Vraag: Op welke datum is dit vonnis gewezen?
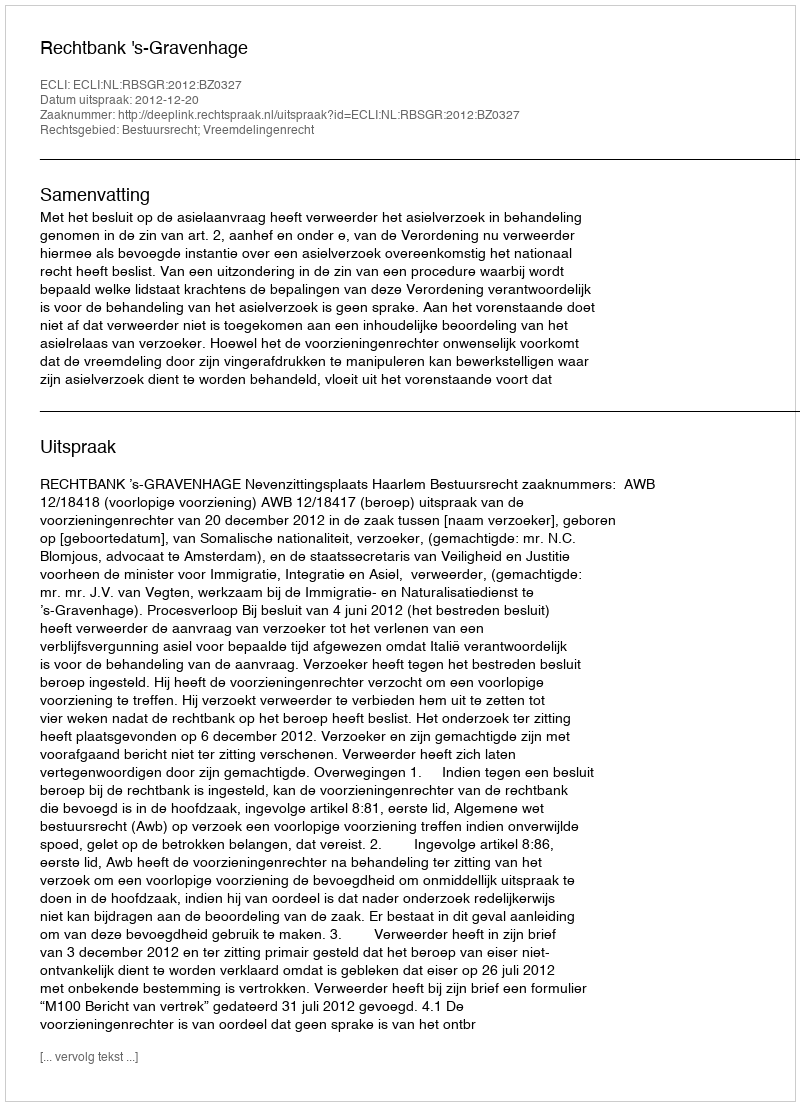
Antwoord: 2012-12-20